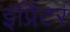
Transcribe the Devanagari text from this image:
इंप्रिंटर